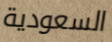
السعودية